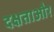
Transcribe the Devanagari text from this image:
दक्षताऔर